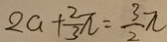
2 a + \frac { 2 } { 3 } \pi = \frac { 3 } { 2 } \pi